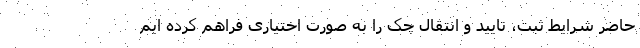
حاضر شرایط ثبت، تایید و انتقال چک را به صورت اختیاری فراهم کرده ایم